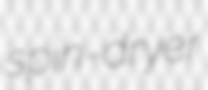
spin-dryer